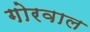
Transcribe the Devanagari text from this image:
गोरवाल